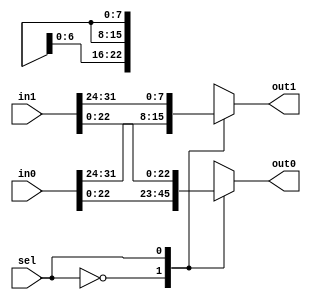
module mux_2_in_2_out_31_bits (in0 , in1 , sel , out0 , out1);
input [31:0]in0,in1;//{E , M}
input sel;
output reg [22:0]out0;
output reg [7:0]out1;
always@(*)
begin
    case(sel)
        1'b0:
            begin
                out0 = in0[22:0];
                out1 = in0[31:24];
            end
        1'b1:
            begin
                out0 = in1[22:0];
                out1 = in1[31:24];
            end
    endcase
end
endmodule